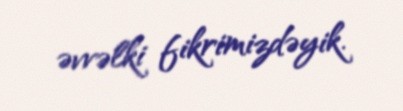
əvvəlki fikrimizdəyik.